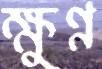
ক্ষুণ্ণ